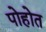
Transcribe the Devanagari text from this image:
पोहोत